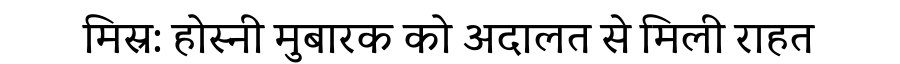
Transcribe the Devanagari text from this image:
मिस्र: होस्नी मुबारक को अदालत से मिली राहत